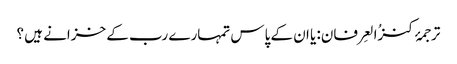
ترجمۂ کنزُالعِرفان: یا ان کے پاس تمہارے رب کے خزانے ہیں ؟